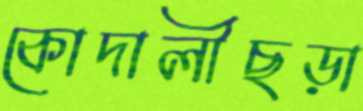
কোদালীছড়া